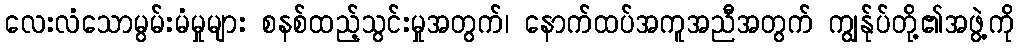
လေးလံသောမွမ်းမံမှုများ စနစ်ထည့်သွင်းမှုအတွက်၊ နောက်ထပ်အကူအညီအတွက် ကျွန်ုပ်တို့၏အဖွဲ့ကို